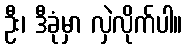
ဦး၊ ဒီခုံမှာ လှဲလိုက်ပါ။